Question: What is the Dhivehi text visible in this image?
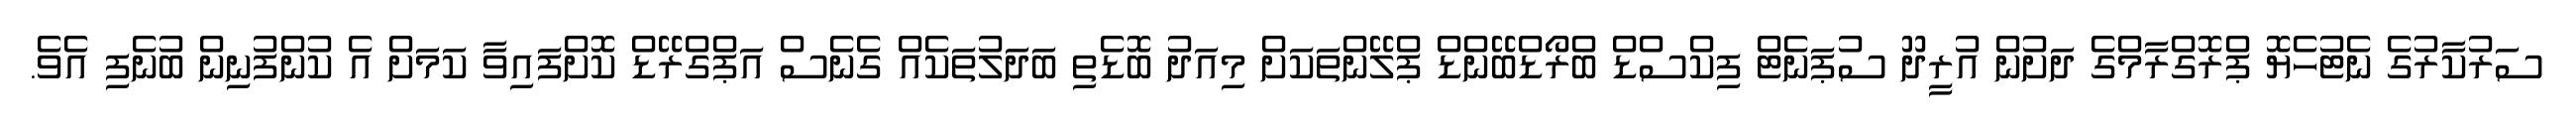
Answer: ސަރުކާރުގެ ނެޓުހެޔޮ ޕްރޮގްރާމްގެ ދަށުން އުރީދޫ ސުޕަނެޓް ފިކްސްޑް ބްރޯޑްބޭންޑް ޕްލޭންތަކަށް މިއަދު ބޮޑެތި ބަދަލުތަކެއް ގެނެސް އަޕްގްރޭޑް ކޮށްފައިވާ ކަމަށް އެ ކުންފުނިން ބުނެފި އެވެ.